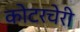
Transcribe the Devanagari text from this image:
कोटरचेरी